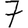
Digit: 7